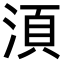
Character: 湏